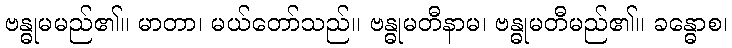
ဗန္ဓုမမည်၏။ မာတာ၊ မယ်တော်သည်။ ဗန္ဓုမတီနာမ၊ ဗန္ဓုမတီမည်၏။ ခန္ဓောစ၊